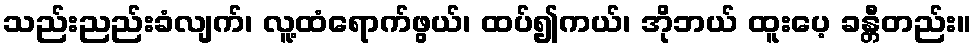
သည်းညည်းခံလျက်၊ လူ့ထံရောက်ဖွယ်၊ ထပ်၍ကယ်၊ အိုဘယ် ထူးပေ့ ခန္တီတည်း။